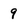
Character: 9